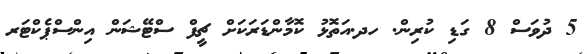
5 ދުވަސް 8 ގަޑި ކުރިން. ހދ.އަތޮޅު ކޮމާންޑަރަކަށް ޗީފް ސްޓޭޝަން އިންސްޕެކްޓަރ